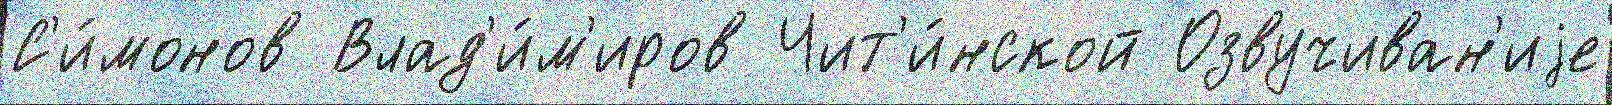
С'и́монов Влад'и́м'иров Чит'и́нской Озвучиван'иjе